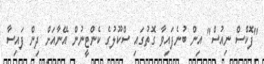
"ފޮކްސް ނިއުސް" އިން ބުނެފައިވާ ގޮތުގައި ސްކޫލުގެ ކެންޓީނުން އޭނާއަށް ދިން ފައިސާ